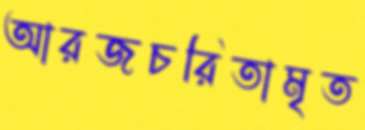
আরজচরিতামৃত